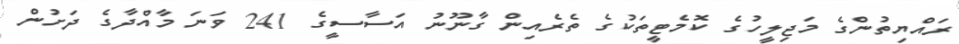
ރައްޔިތުންގެ މަޖިލީހުގެ ކޮމެޓީތަކުގެ ތެރެއިން ގާނޫނު އަސާސީގެ 241 ވަނަ މާއްދާގެ ދަށުން